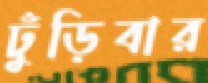
ঢুঁড়িবার